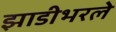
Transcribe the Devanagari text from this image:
झाडीभरले